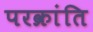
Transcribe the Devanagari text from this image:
परक्रांति